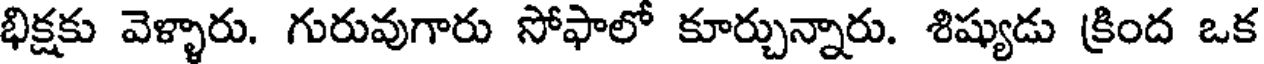
భిక్షకు వెళ్ళారు. గురువుగారు సోఫాలో కూర్చున్నారు. శిష్యుడు క్రింద ఒక